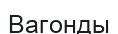
Вагонды